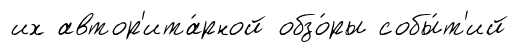
их автор'ита́рной обзо́ры собы́т'ий